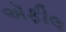
ઍફીલ